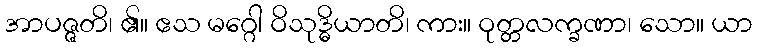
အာပဇ္ဇတိ၊ ၏။ ဧသ မဂ္ဂေါ ဝိသုဒ္ဓိယာတိ၊ ကား။ ဝုတ္တလက္ခဏာ၊ သော။ ယာ